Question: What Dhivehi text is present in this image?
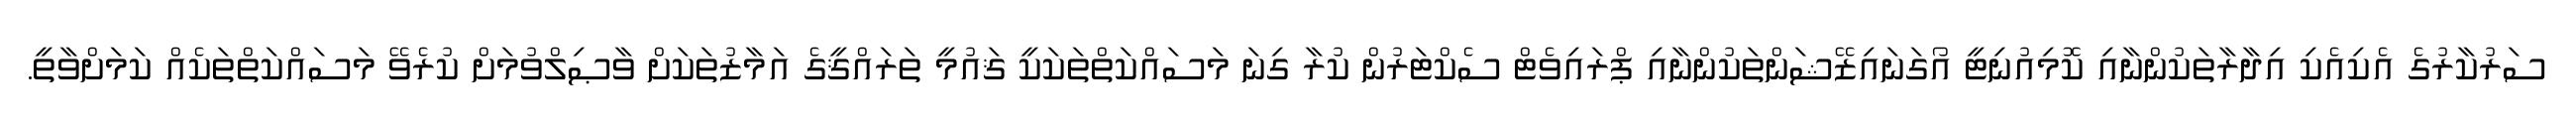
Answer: ސަރުކާރުގެ އެކިއެކި އިދާރާތަކުންނާއި ކޮމިއުނިޓީ އޯގަނައިޒޭޝަންތަކުންނާއި ޕްރައިވެޓް ސެކްޓަރުން ކުރާ ގިނަ މަސައްކަތްތަކަކީ ޤައުމީ ތަރައްޤީގެ އަމާޒުތަކަށް ވާޞިލްވުމަށް ކުރެވޭ މަސައްކަތްތަކެއް ކަމަށްވާތީ.